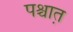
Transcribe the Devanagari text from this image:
पश्चात़